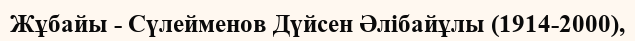
Жұбайы - Сүлейменов Дүйсен Әлібайұлы (1914-2000),